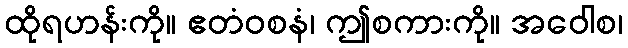
ထိုရဟန်းကို။ ဧတံဝစနံ၊ ဤစကားကို။ အဝေါစ၊